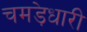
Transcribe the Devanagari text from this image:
चमड़ेधारी